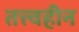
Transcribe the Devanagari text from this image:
तत्त्वहीन